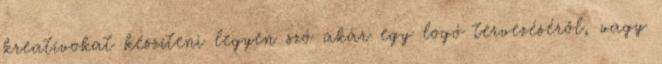
kreatívokat készíteni legyen szó akár egy logó tervezéséről, vagy